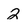
Character: 2